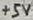
Text: +5V